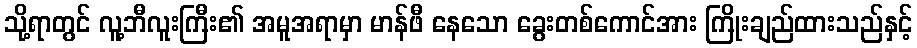
သို့ရာတွင် လူ့ဘီလူးကြီး၏ အမူအရာမှာ မာန်ဖီ နေသော ခွေးတစ်ကောင်အား ကြိုးချည်ထားသည်နှင့်